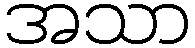
အသာ